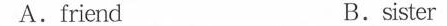
A.friend B.sister